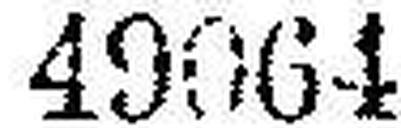
49064